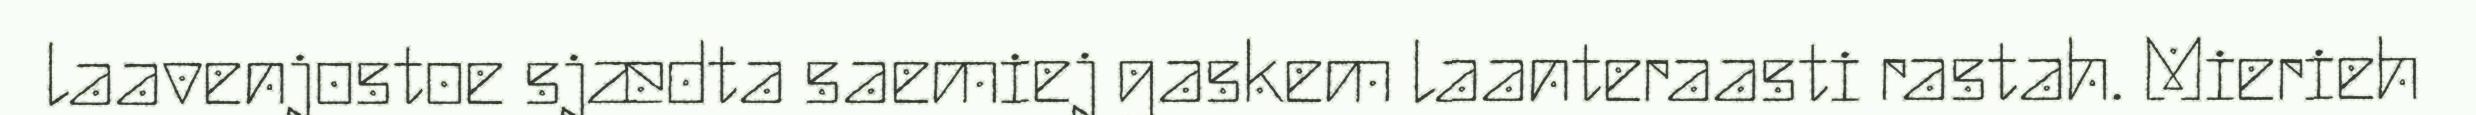
laavenjostoe sjædta saemiej gaskem laanteraasti rastah. Mierieh